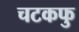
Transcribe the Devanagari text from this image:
चटकफु